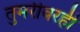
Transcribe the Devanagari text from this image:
तुमरीवरही